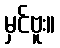
မှင်ဗူး။